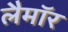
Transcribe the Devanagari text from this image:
लैमॉर